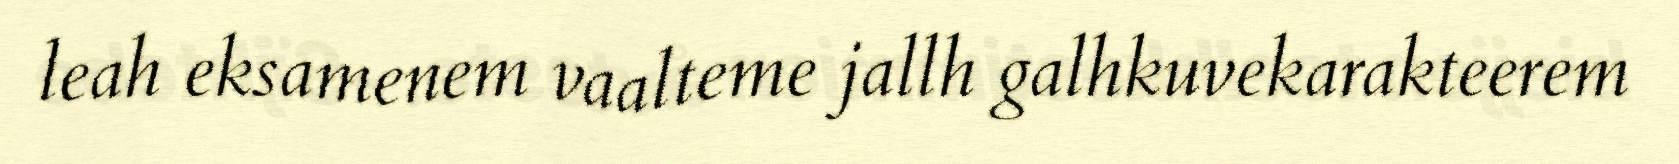
leah eksamenem vaalteme jallh galhkuvekarakteerem